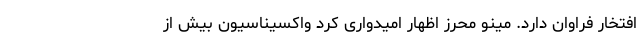
افتخار فراوان دارد. مینو محرز اظهار امیدواری کرد واکسیناسیون بیش از